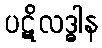
ပဋိလဒ္ဓါန